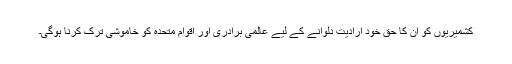
کشمیریوں کو ان کا حق خود ارادیت دلوانے کے لیے عالمی برادری اور اقوام متحدہ کو خاموشی ترک کرنا ہوگی۔